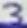
Text: 3